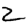
Digit: 2